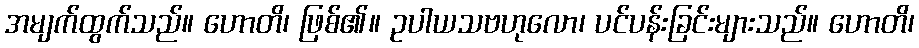
အမျက်ထွက်သည်။ ဟောတိ၊ ဖြစ်၏။ ဥပါယသဗဟုလော၊ ပင်ပန်းခြင်းများသည်။ ဟောတိ၊